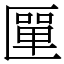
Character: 匰